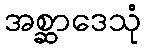
အစ္ဆာဒေသုံ